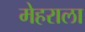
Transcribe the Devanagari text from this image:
मेहराला